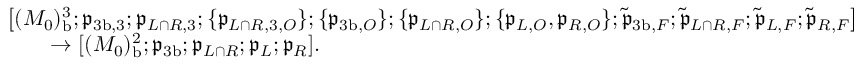
\begin{array} { r l } & { \bigl [ ( M _ { 0 } ) _ { \mathrm { b } } ^ { 3 } ; \mathfrak { p } _ { { 3 \mathrm { b } } , 3 } ; \mathfrak { p } _ { L \cap R , 3 } ; \{ \mathfrak { p } _ { L \cap R , 3 , O } \} ; \{ \mathfrak { p } _ { { 3 \mathrm { b } } , O } \} ; \{ \mathfrak { p } _ { L \cap R , O } \} ; \{ \mathfrak { p } _ { L , O } , \mathfrak { p } _ { R , O } \} ; \tilde { \mathfrak { p } } _ { { 3 \mathrm { b } } , F } ; \tilde { \mathfrak { p } } _ { L \cap R , F } ; \tilde { \mathfrak { p } } _ { L , F } ; \tilde { \mathfrak { p } } _ { R , F } \bigr ] } \\ & { \qquad \to [ ( M _ { 0 } ) _ { \mathrm { b } } ^ { 2 } ; \mathfrak { p } _ { 3 \mathrm { b } } ; \mathfrak { p } _ { L \cap R } ; \mathfrak { p } _ { L } ; \mathfrak { p } _ { R } ] . } \end{array}